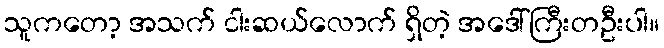
သူကတော့ အသက် ငါးဆယ်လောက် ရှိတဲ့ အဒေါ်ကြီးတဦးပါ။